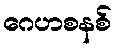
ဂေဟစနစ်